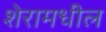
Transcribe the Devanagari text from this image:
शेरामधील